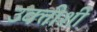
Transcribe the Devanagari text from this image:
उक्तीशी